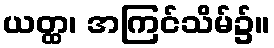
ယတ္ထ၊ အကြင်သိမ်၌။